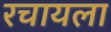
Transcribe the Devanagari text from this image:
रचायला